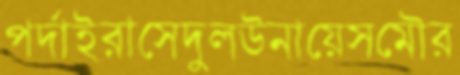
পর্দাইরাসেদুলউনায়েসমৌর